Materia medica of Madras volume I
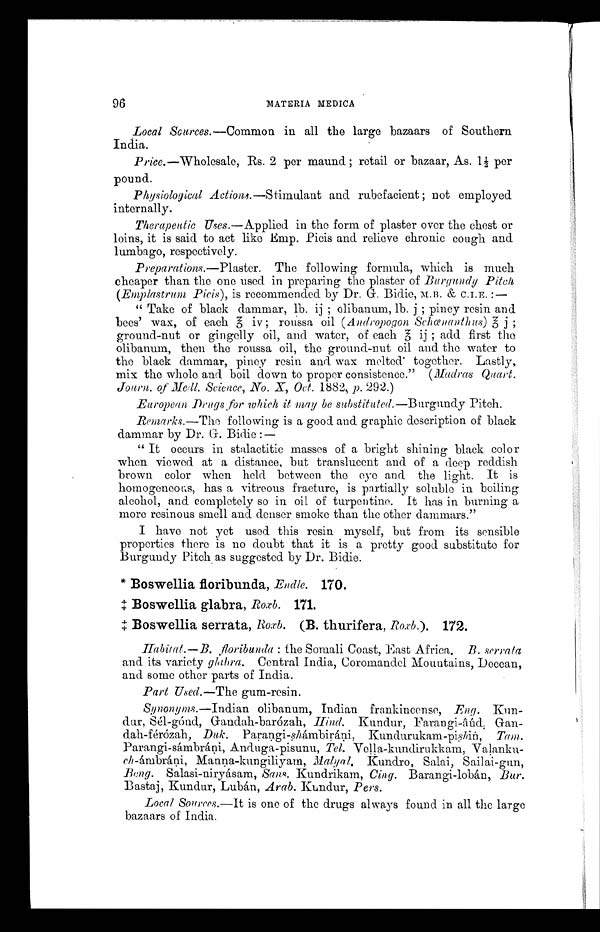
96
MATERIA MEDICA
Local Sources .—Common in all the large bazaars of Southern
India.
Price .—Wholesale, Rs. 2 per maund ; retail or bazaar, As. l½ per
pound.
Physiological Actions.—Stimulant and rubefacient ; not employed
internally.
Therapeutic Uses.—Applied in the form of plaster over the chest or
loins, it is said to act like Emp. Picis and relieve chronic cough and
lumbago, respectively.
Preparations .—Plaster. The following formula, which is much
cheaper than the one used in preparing the plaster of Burgundy Pitch
( Emplastrum Picis ), is recommended by Dr. G. Bidie, M.B. & C.I.E. :—
" Take of black dammar, lb. ij ; olibanum, lb. j ; piney resin and
bees' wax, of each J iv ; roussa oil ( Andropogon Schœnanthus) J j ;
ground-nut or gingelly oil, and water, of each J ij ; add first the
olibanum, then the roussa oil, the ground-nut oil and the water to
the black dammar, piney resin and wax melted together. Lastly,
mix the whole and boil down to proper consistence." ( Madras Quart .
Journ. of Medl. Science, No . X, Oct . 1882, p . 292.)
European Drugs for which it may be substituted.—Burgundy Pitch.
Remarks .—The following is a good and graphic description of black
dammar by Dr. G. Bidie :—
" It occurs in stalactitic masses of a bright shining black color
when viewed at a distance, but translucent and of a deep reddish
brown color when held between the eye and the light. It is
homogeneous, has a vitreous fracture, is partially soluble in boiling
alcohol, and completely so in oil of turpentine. It has in burning a
more resinous smell and denser smoke than the other dammars."
I have not yet used this resin myself, but from its sensible
properties there is no doubt that it is a pretty good substitute for
Burgundy Pitch, as suggested by Dr. Bidie.
* Boswellia floribunda , Endle. 170 .
‡ B o s w e l l i a
g l a b r a ,
R o x b
. 1 7 1
.
‡ B o s w e l l i a s e r r a t a
, R o x b
. (
B . t h u r i f e r a ,
R o x b
. ) .
1 7 2
.
Habitat. — B.
floribunda : t h e S o m a l i C o a s t , E a s t A f r i c a . B . s e r r a t a
and its variety glabra . Central India, Coromandel Mountains, Deccan,
and some other parts of India.
Part Used.—The gum-resin.
Synonyms.—Indian olibanum, Indian frankincense, Eng .
K u n d u r , S é l - g ó n d , G a n d a h - b a r ó z a h ,H
i n d
. K u n d u r , F a r a n g i - â ú d ,
Gandah-férózah, Duk. Parangi-shámbiráni, Kundurukam-pishin, Tam.
Parangi-sámbráņi, Anduga-pisunu, Tel. Vella-kundirukkam,
Valanku-ch -ámbráni, Manna-kungiliyam, Malyal. Kundro, Salai, Sailai-gun,
Beng . Salasi-niryásam, Sans. Kundrikam, Cing. Barangi-lobán, Bur.
Bastaj, Kundur, Lubán, Arab . Kundur, Pers .
Local Sources .—It is one of the drugs always found in all the large
bazaars of India.